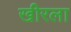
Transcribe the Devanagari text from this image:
खीरला